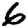
Digit: 6